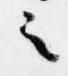
之